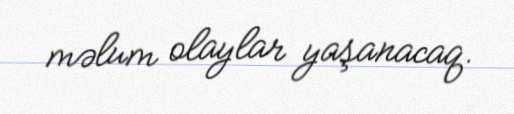
məlum olaylar yaşanacaq.